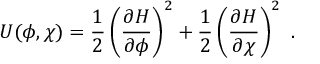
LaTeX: U ( \phi , \chi ) = \frac { 1 } { 2 } \left( \frac { \partial H } { \partial \phi } \right) ^ { 2 } + \frac { 1 } { 2 } \left( \frac { \partial H } { \partial \chi } \right) ^ { 2 } ~ .